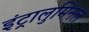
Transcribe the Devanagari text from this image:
इंट्रालुमिनल